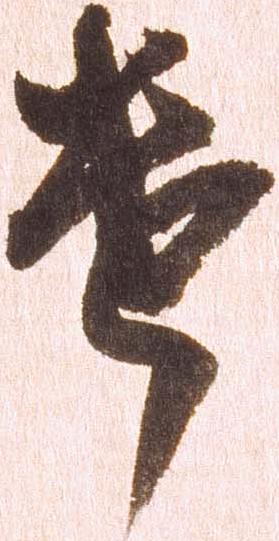
遣